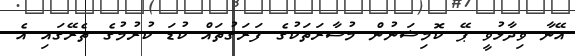
އޭނާ ވިދާޅުވީ ޕޭ ކޮމިޝަނުން މުސާރަތަކުގެ ފަރަގުތައް ކުޑަ ކުރުމުގެ ތެރޭގައި އެ